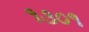
૧૩૦૧